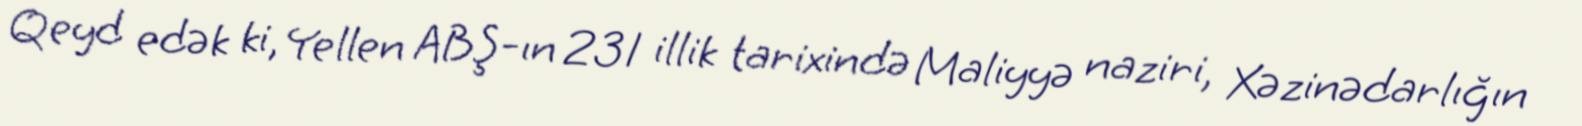
Qeyd edək ki, Yellen ABŞ-ın 231 illik tarixində Maliyyə naziri, Xəzinədarlığın